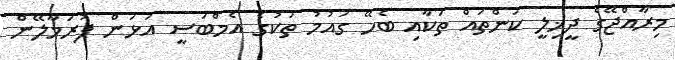
މިރާއްޖޭގެ ދީޚިލީ ކަންތައް ތަކާއި ބެހޭ ގައުމު ތަކުގެ އެމްބަސީ އަޅަން ފުރަމާލޭން